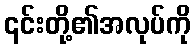
၎င်းတို့၏အလုပ်ကို